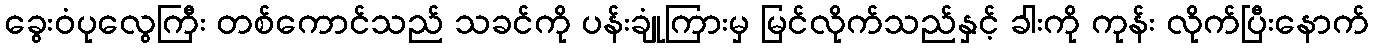
ခွေးဝံပုလွေကြီး တစ်ကောင်သည် သခင်ကို ပန်းချုံကြားမှ မြင်လိုက်သည်နှင့် ခါးကို ကုန်း လိုက်ပြီးနောက်